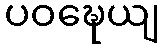
ပဝဍ္ဎေယျ